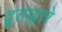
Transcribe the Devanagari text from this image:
दूताद्वारे